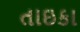
તાઇકા